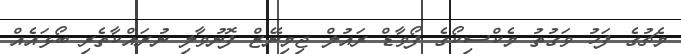
މެޗުގެ ފަހު ވަގުތު މެކްސިކޯގެ ފޯވާޑް ރައުލް ޖިމިނޭޒް ފޮނުވާލި ނުރައްކާތެރި ބޯޅައެއް